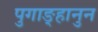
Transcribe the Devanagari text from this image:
पुगाङ्हानुन